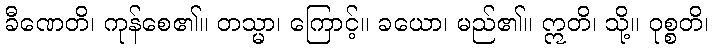
ခီဏေတိ၊ ကုန်စေ၏။ တသ္မာ၊ ကြောင့်။ ခယော၊ မည်၏။ ဣတိ၊ သို့။ ဝုစ္စတိ၊